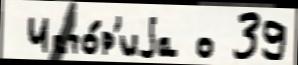
 Исто́р'иjа о 39